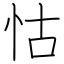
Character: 怙